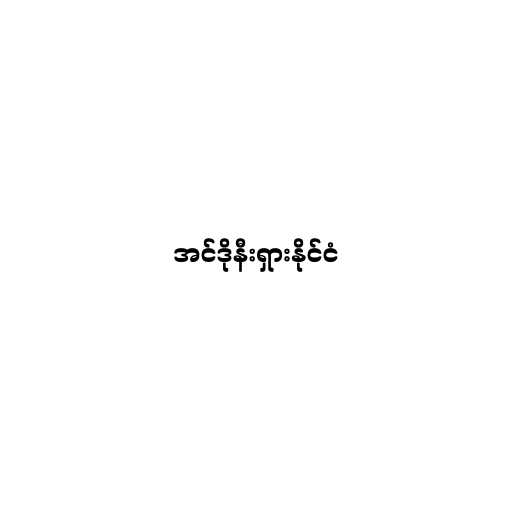
အင်ဒိုနီးရှားနိုင်ငံ